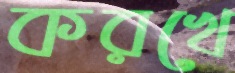
করখে